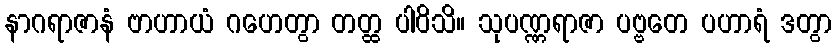
နာဂရာဇာနံ ဗာဟာယံ ဂဟေတွာ တတ္ထ ပါဝိသိ။ သုပဏ္ဏရာဇာ ပဗ္ဗတေ ပဟာရံ ဒတွာ